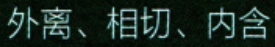
外离、相切、内含